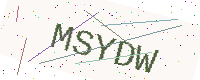
Text: MSYDW